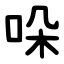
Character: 哚